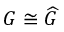
G \cong { \widehat { G } }